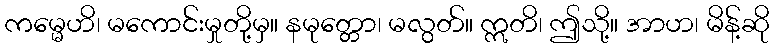
ကမ္မေဟိ၊ မကောင်းမှုတို့မှ။ နမုတ္တော၊ မလွတ်။ ဣတိ၊ ဤသို့။ အာဟ၊ မိန့်ဆို